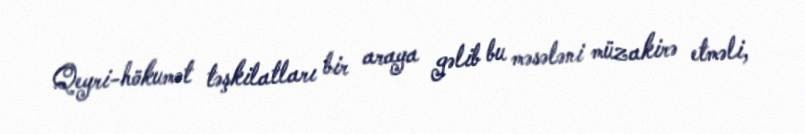
Qeyri-hökumət təşkilatları bir araya gəlib bu məsələni müzakirə etməli,